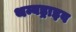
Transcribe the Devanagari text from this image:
थम्बड्राइव